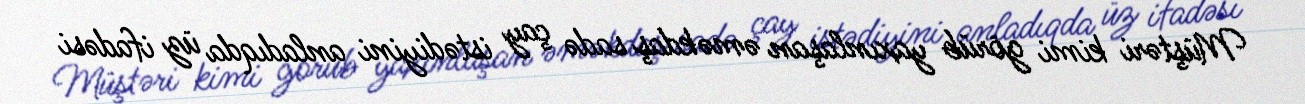
Müştəri kimi görüb yaxınlaşan əməkdaş sadə çay istədiyini anladıqda üz ifadəsi